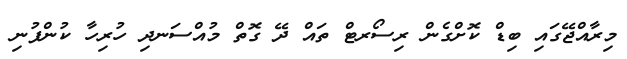
މިރާއްޖޭގައި ބިޑް ކޮށްގެން ރިސޯރޓް ތައް ދޭ ގޮތް މުއްސަނދި ހުރިހާ ކުންފުނި